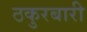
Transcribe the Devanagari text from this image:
ठकुरबारी